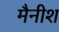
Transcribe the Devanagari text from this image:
मैनीश